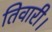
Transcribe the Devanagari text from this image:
तिवारी।